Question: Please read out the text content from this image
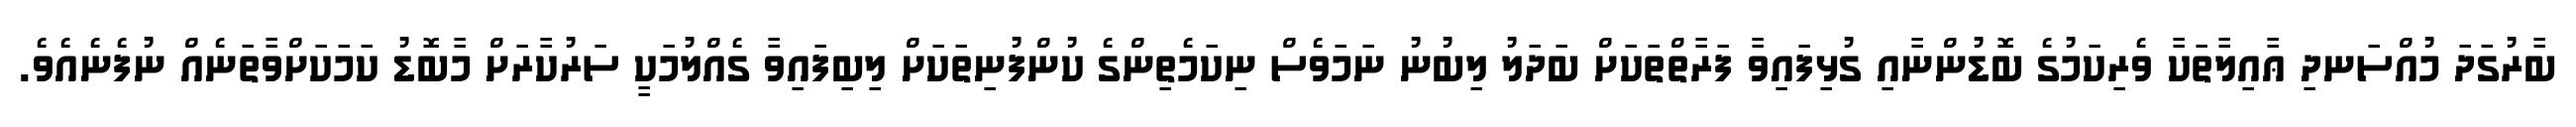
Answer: ބާރުގަދަ މުއްސަނދި ޢާއިލާތަކާ ވެރިކަމުގެ ބޮޑުންނާއި ގުޅިފައިވާ ފަރާތްތަކަށް ބަދަލު ލިބުނު ނަމަވެސް ނިކަމެތިންގެ ކުންފުނިތަކަށް ލިބިފައިވާ ގެއްލުމަކީ ސަރުކާރަށް މާބޮޑު ކަމަކަށްވާތަނެއް ނުފެނެއެވެ.